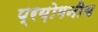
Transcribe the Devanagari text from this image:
प्रय़ोगनीय